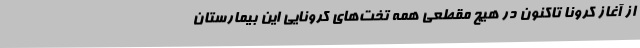
از آغاز کرونا تاکنون در هیچ مقطعی همه تخت‌های کرونایی این بیمارستان